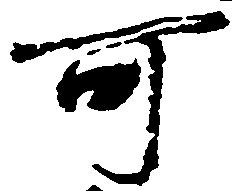
可